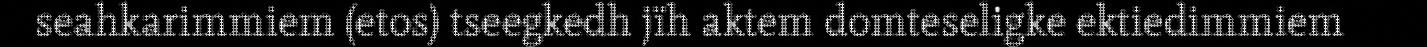
seahkarimmiem (etos) tseegkedh jïh aktem domteseligke ektiedimmiem